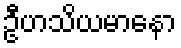
ဦဟသိယမာနော